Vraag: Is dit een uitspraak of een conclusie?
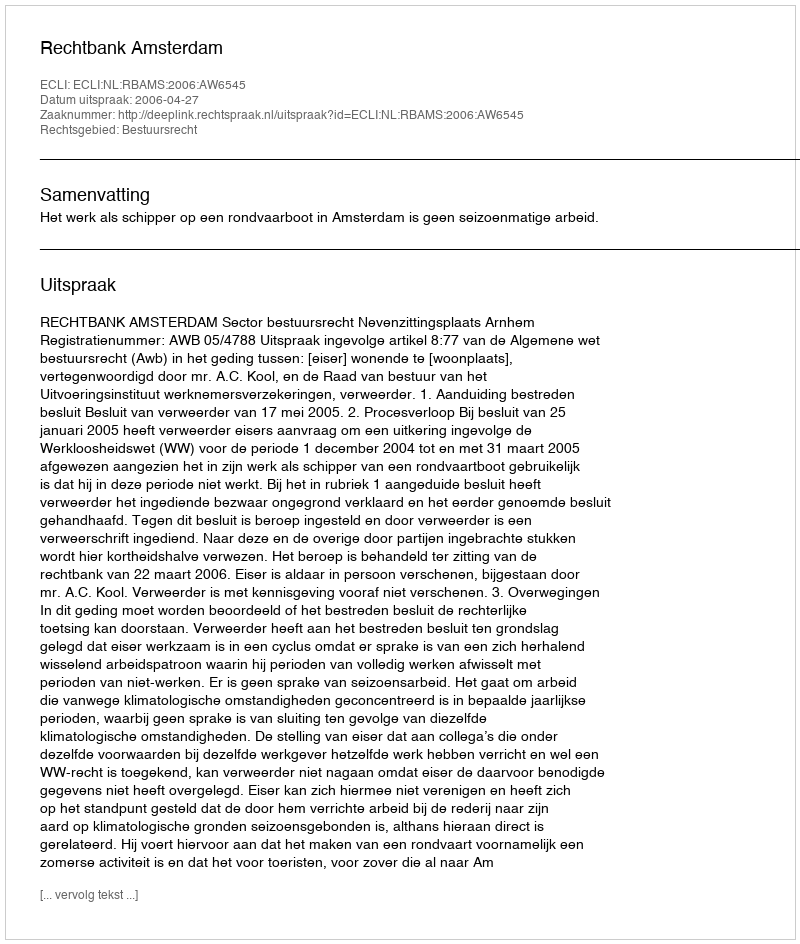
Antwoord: Uitspraak